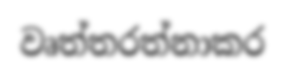
වෘත්තරත්නාකර